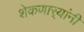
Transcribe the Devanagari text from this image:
शेकणार्‍यांनी